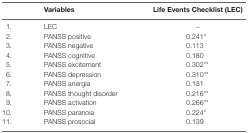
<table><thead><tr><td></td><td><b>Variables</b></td><td><b>Life Events Checklist (LEC)</b></td></tr></thead><tbody><tr><td>1.</td><td>LEC</td><td>~</td></tr><tr><td>2.</td><td>PANSS positive</td><td>0.241*</td></tr><tr><td>3.</td><td>PANSS negative</td><td>0.113</td></tr><tr><td>4.</td><td>PANSS cognitive</td><td>0.180</td></tr><tr><td>5.</td><td>PANSS excitement</td><td>0.302**</td></tr><tr><td>6.</td><td>PANSS depression</td><td>0.310**</td></tr><tr><td>7.</td><td>PANSS anergia</td><td>0.131</td></tr><tr><td>8.</td><td>PANSS thought disorder</td><td>0.216**</td></tr><tr><td>9.</td><td>PANSS activation</td><td>0.266**</td></tr><tr><td>10.</td><td>PANSS paranoia</td><td>0.224*</td></tr><tr><td>11.</td><td>PANSS prosocial</td><td>0.139</td></tr></tbody></table>